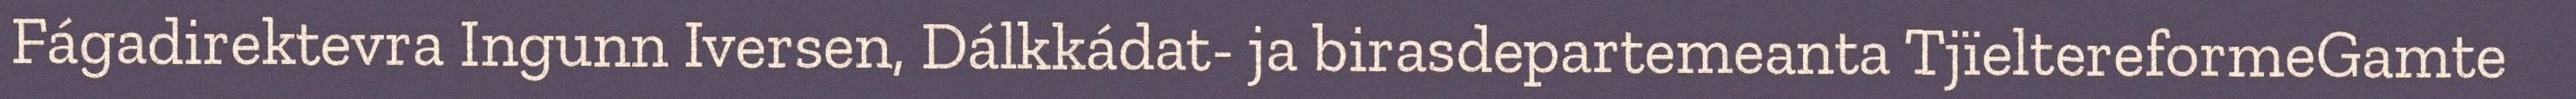
Fágadirektevra Ingunn Iversen, Dálkkádat- ja birasdepartemeanta TjïeltereformeGamte